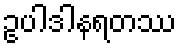
ဥပါဒါနရတဿ